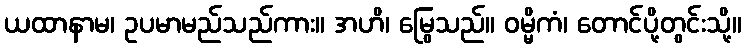
ယထာနာမ၊ ဥပမာမည်သည်ကား။ အဟိ၊ မြွေသည်။ ဝမ္မိကံ၊ တောင်ပို့တွင်းသို့။